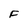
Character: F